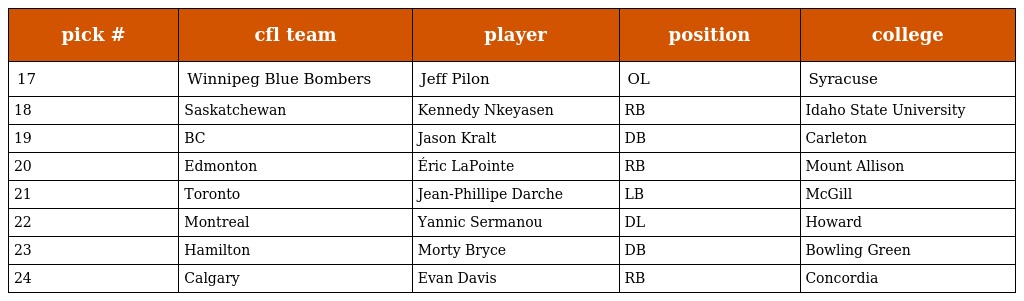
| pick # | cfl team | player | position | college |
 | --- | --- | --- | --- | --- |
 | 17 | Winnipeg Blue Bombers | Jeff Pilon | OL | Syracuse |
 | 18 | Saskatchewan | Kennedy Nkeyasen | RB | Idaho State University |
 | 19 | BC | Jason Kralt | DB | Carleton |
 | 20 | Edmonton | Éric LaPointe | RB | Mount Allison |
 | 21 | Toronto | Jean-Phillipe Darche | LB | McGill |
 | 22 | Montreal | Yannic Sermanou | DL | Howard |
 | 23 | Hamilton | Morty Bryce | DB | Bowling Green |
 | 24 | Calgary | Evan Davis | RB | Concordia |